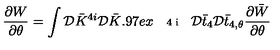
{ \frac { \partial W } { \partial \theta } } = \int { \cal D } \bar { K } ^ { 4 i } { \cal D } \bar { K } \raisebox { 0 . 9 7 e x } { \mathrm { \scriptsize { 4 i } } } \raisebox { - 0 . 3 6 e x } { \mathrm { \scriptsize { , \! \theta } } } { \cal D } \bar { t } _ { 4 } { \cal D } \bar { t } _ { 4 , \theta } { \frac { \partial \bar { W } } { \partial \theta } }